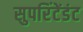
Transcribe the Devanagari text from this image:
सुपरिंटेंडंट